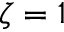
\zeta = 1